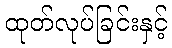
ထုတ်လုပ်ခြင်းနှင့်